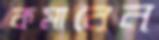
কমাবেন